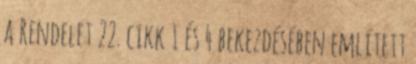
a Rendelet 22. cikk 1 és 4 bekezdésében említett